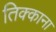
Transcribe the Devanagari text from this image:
तिक्काना